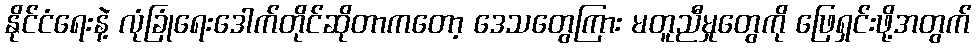
နိုင်ငံရေးနဲ့ လုံခြုံရေးဒေါက်တိုင်ဆိုတာကတော့ ဒေသတွေကြား မတူညီမှုတွေကို ဖြေရှင်းဖို့အတွက်